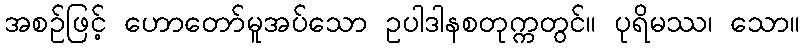
အစဉ်ဖြင့် ဟောတော်မူအပ်သော ဥပါဒါနစတုက္ကတွင်။ ပုရိမဿ၊ သော။